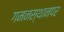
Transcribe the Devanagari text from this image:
गमनस्थानपर